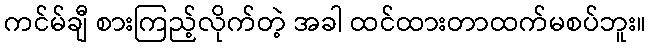
ကင်မ်ချီ စားကြည့်လိုက်တဲ့ အခါ ထင်ထားတာထက်မစပ်ဘူး။